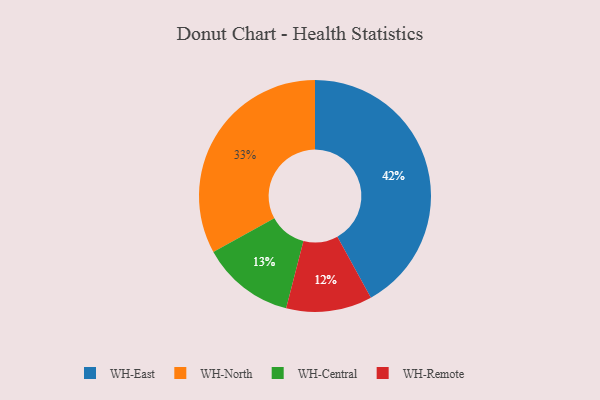
{"axis": {"x": "Category", "y": "Percentage"}, "legend": ["WH-Central", "WH-East", "WH-North", "WH-Remote"], "data": [{"x": "WH-Central", "y": 13, "type": "WH-Central"}, {"x": "WH-North", "y": 33, "type": "WH-North"}, {"x": "WH-Remote", "y": 12, "type": "WH-Remote"}, {"x": "WH-East", "y": 42, "type": "WH-East"}]}